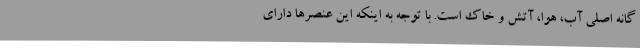
گانه اصلی آب، هوا، آتش و خاک است. با توجه به اینکه این عنصر‌ها دارای